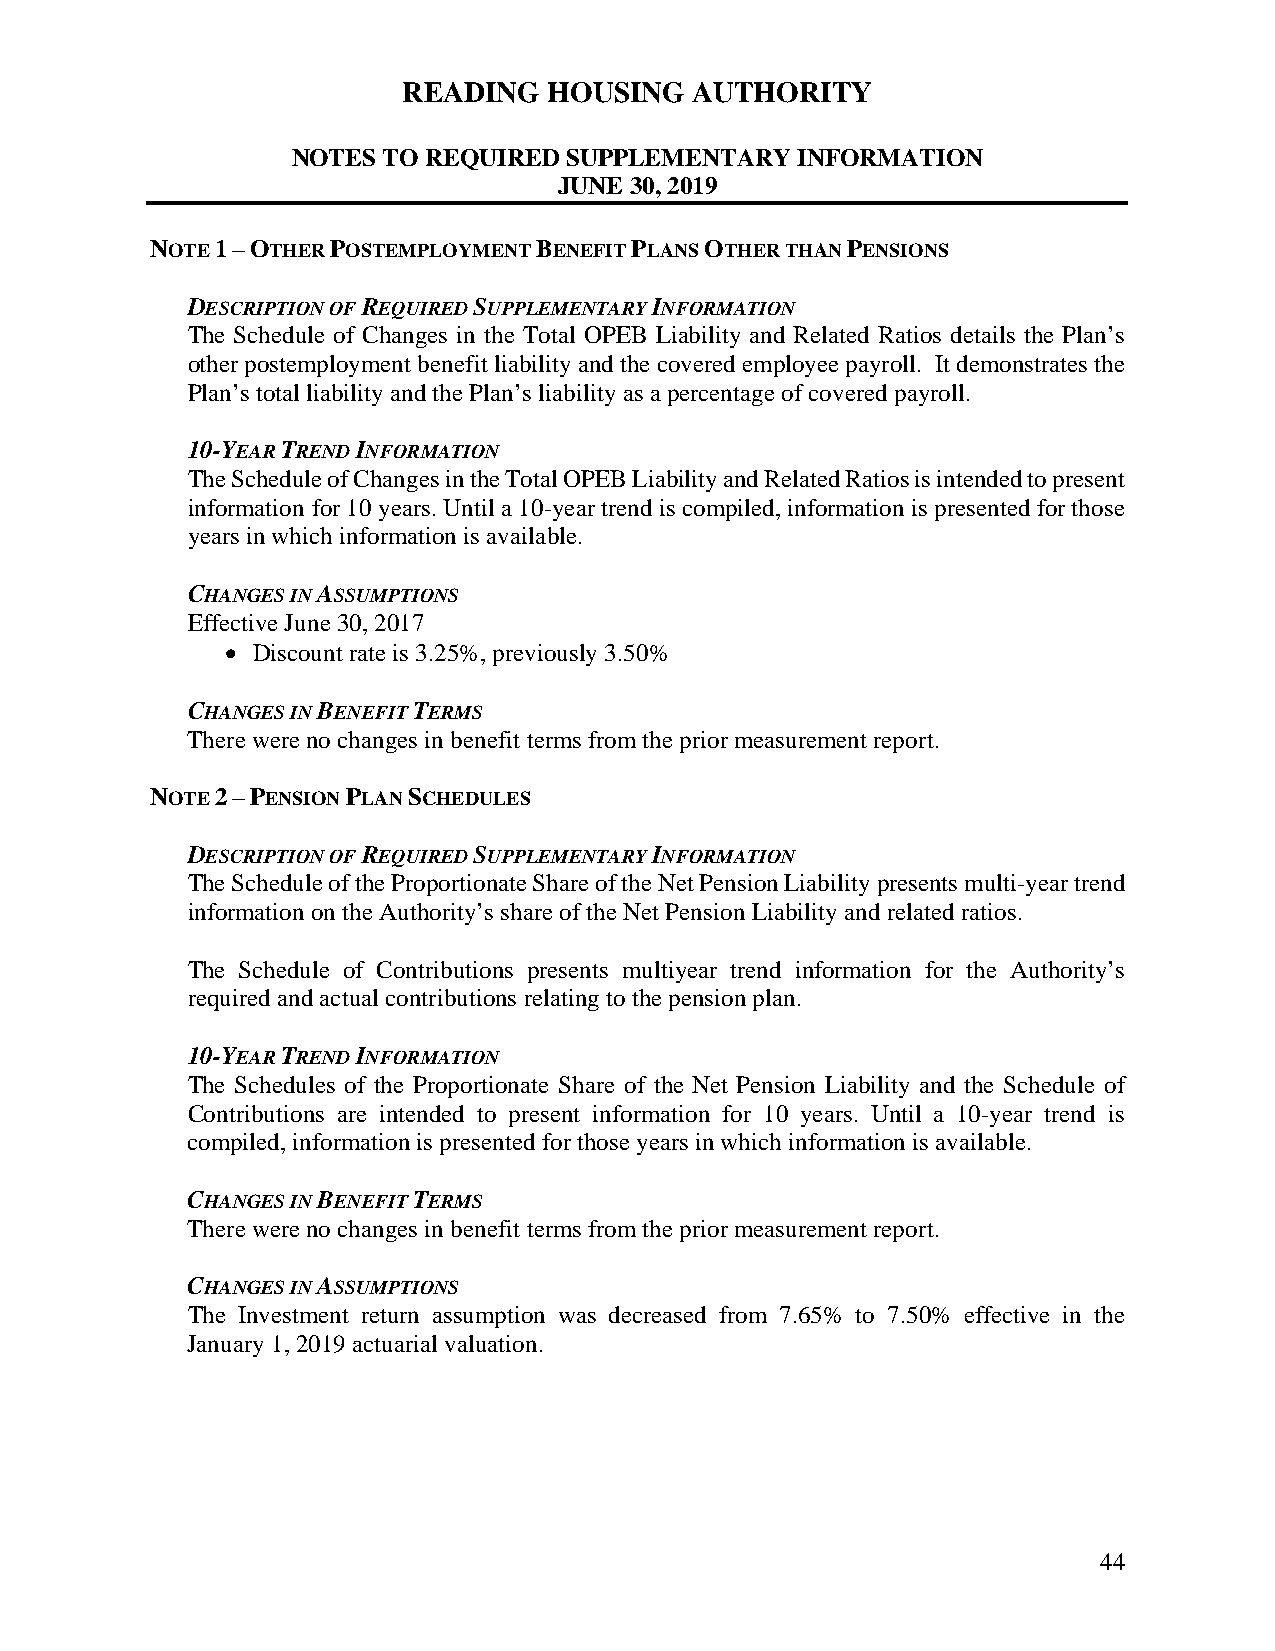
READING  HOUSING   AUTHORITY
 NOTES TO REQUIRED SUPPLEMENTARY   INFORMATION
 JUNE 30, 2019
 NOTE 1 – OTHER POSTEMPLOYMENT BENEFIT PLANS OTHER THAN PENSIONS
 DESCRIPTION OF REQUIRED SUPPLEMENTARY INFORMATION
 The Schedule of Changes in the Total OPEB Liability and Related Ratios details the Plan’s
 other postemployment benefit liability and the covered employee payroll. It demonstrates the
 Plan’s total liability and the Plan’s liability as a percentage of covered payroll.
 10-YEAR TREND INFORMATION
 The Schedule of Changes in the Total OPEB Liability and Related Ratios is intended to present
 information for 10 years. Until a 10-year trend is compiled, information is presented for those
 years in which information is available.
 CHANGES IN ASSUMPTIONS
 Effective June 30, 2017
  Discount rate is 3.25%, previously 3.50%
 CHANGES IN BENEFIT TERMS
 There were no changes in benefit terms from the prior measurement report.
 NOTE 2 – PENSION PLAN SCHEDULES
 DESCRIPTION OF REQUIRED SUPPLEMENTARY INFORMATION
 The Schedule of the Proportionate Share of the Net Pension Liability presents multi-year trend
 information on the Authority’s share of the Net Pension Liability and related ratios.
 The Schedule of Contributions presents multiyear trend information for the Authority’s
 required and actual contributions relating to the pension plan.
 10-YEAR TREND INFORMATION
 The Schedules of the Proportionate Share of the Net Pension Liability and the Schedule of
 Contributions are intended to present information for 10 years. Until a 10-year trend is
 compiled, information is presented for those years in which information is available.
 CHANGES IN BENEFIT TERMS
 There were no changes in benefit terms from the prior measurement report.
 CHANGES IN ASSUMPTIONS
 The Investment return assumption was decreased from 7.65% to 7.50% effective in the
 January 1, 2019 actuarial valuation.
 44